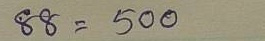
88 = 500